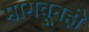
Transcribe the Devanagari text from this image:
मागवूनही